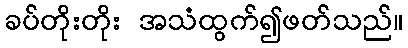
ခပ်တိုးတိုး အသံထွက်၍ဖတ်သည်။